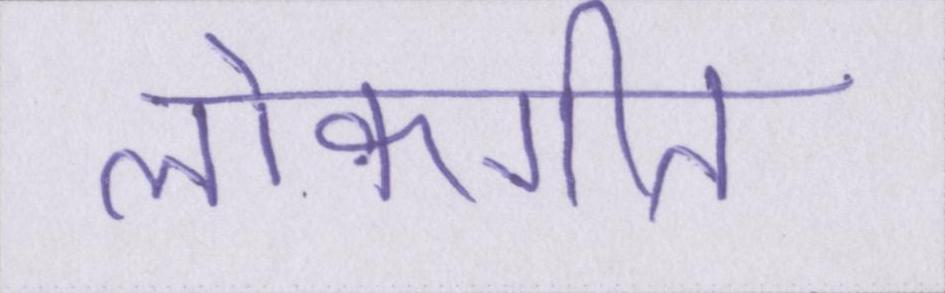
लोकगीत